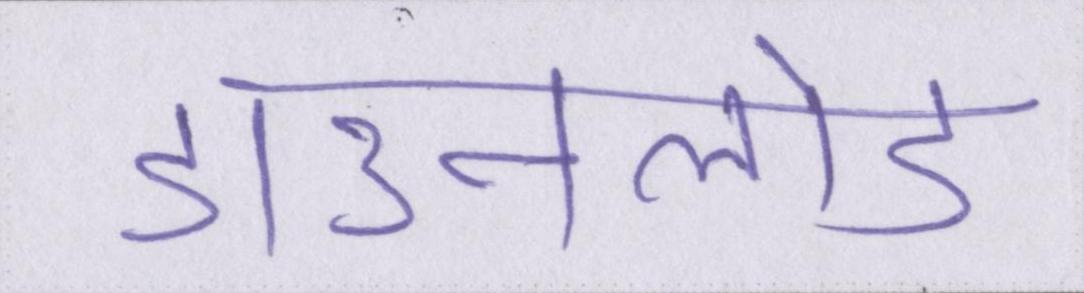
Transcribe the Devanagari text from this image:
डाउनलोड